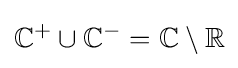
\mathbb {C} ^{+}\cup \mathbb {C} ^{-}=\mathbb {C} \setminus \mathbb {R}